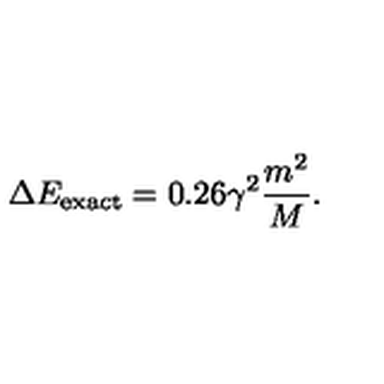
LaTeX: \Delta E _ { \mathrm { e x a c t } } = 0 . 2 6 \gamma ^ { 2 } \frac { m ^ { 2 } } { M } .